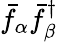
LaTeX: \bar{f}_{\alpha}\bar{f}_{\beta}^{\dagger}